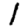
Digit: 1